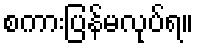
စကားပြန်မလုပ်ရ။